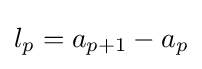
l_{p}=a_{p+1}-a_{p}